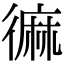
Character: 𪎓